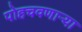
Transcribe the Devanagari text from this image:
पोहचवणाऱ्या